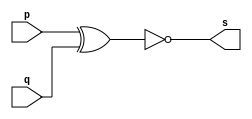
// ------------------------- 
// Exercicio0003 - XNOR 
// Nome: Fabio Fiuza Pereira
// ------------------------- 
// ------------------------- 
// -- XNOR gate 
// ------------------------- 
module xnorgate ( output s, 
input p, 
input q); 
assign s = ~(p ^ q); 
endmodule // xnorgate 
// --------------------- 
// -- test XNOR gate 
// --------------------- 
module testxnorgate; 
// ------------------------- dados locais 
reg a, b; // definir registradores 
wire s; // definir conexao (fio) 
// ------------------------- instancia 
xnorgate XNOR1 (s, a, b); 
// ------------------------- preparacao 
initial begin:start 
// atribuicao simultanea 
// dos valores iniciais 
a=0; b=0; 
end 
// ------------------------- parte principal 
initial begin 
$display("Exemplo0003 -Fabio Fiuza Pereira - 406087"); 
$display("XNOR gate"); 
$display("\na & b = s\n"); 
a=0; b=0; 
#1 $monitor("%b & %b = %b", a, b, s); 
#1a=0; b=1;
#1a=1; b=0;
#1a=1; b=1;


end 
endmodule // testxnorgate